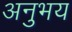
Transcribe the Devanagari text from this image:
अनुभय